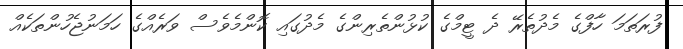
ފުރަތަމަ ހާފްގެ މެދުތެރޭ ދެ ޓީމްގެ ކުޅުންތެރިންގެ މެދުގައި ކޮންމެވެސް ވަރެއްގެ ހަމަނުޖެހުންތަކެއް